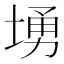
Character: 𱗚